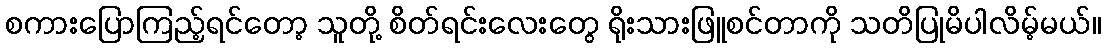
စကားပြောကြည့်ရင်တော့ သူတို့ စိတ်ရင်းလေးတွေ ရိုးသားဖြူစင်တာကို သတိပြုမိပါလိမ့်မယ်။